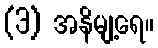
(3) အနိမျ့ရေ။